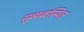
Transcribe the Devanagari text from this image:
सुव्यव्वस्थित